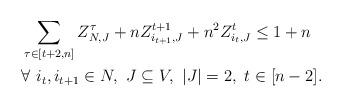
LaTeX: \begin{align*}& \sum_{\tau\in [t+2,n]} Z_{N,J}^{\tau}+n Z_{i_{t+1},J}^{t+1}+ n^2 Z_{i_t,J}^{t}\leq 1+n \\& \forall \ i_t,i_{t+1}\in N, \ J\subseteq V, \ |J|=2, \ t\in [n-2].\end{align*}